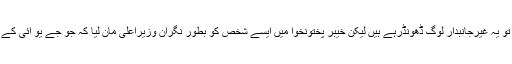
اب باقی ملک میں تو یہ غیرجانبدار لوگ ڈھونڈرہے ہیں لیکن خیبر پختونخوا میں ایسے شخص کو بطور نگران وزیراعلیٰ مان لیا کہ جو جے یو آئی کے باقاعدہ ممبر ہیں ۔